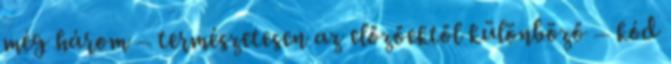
még három – természetesen az előzőektől különböző – kód